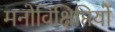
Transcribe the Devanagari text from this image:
मनोविक्षिप्तियों